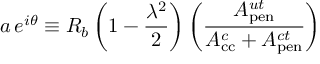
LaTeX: a \, e ^ { i \theta } \equiv R _ { b } \left( 1 - \frac { \lambda ^ { 2 } } { 2 } \right) \left( \frac { A _ { \mathrm { p e n } } ^ { u t } } { A _ { \mathrm { c c } } ^ { c } + A _ { \mathrm { p e n } } ^ { c t } } \right)